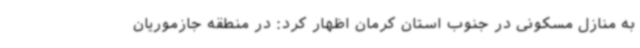
به منازل مسکونی در جنوب استان کرمان اظهار کرد: در منطقه جازموریان